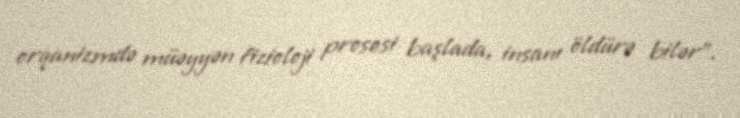
orqanizmdə müəyyən fizioloji prosesi başlada, insanı öldürə bilər”.